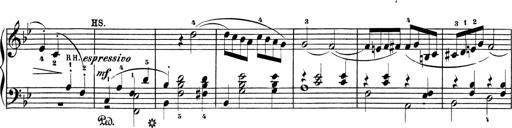
Title: Sonatinen Op.47, 98 und 136, nebst 6 Liedersonatinen
Composer: Carl Reinecke